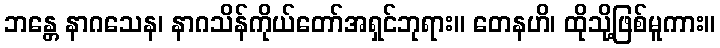
ဘန္တေ နာဂသေန၊ နာဂသိန်ကိုယ်တော်အရှင်ဘုရား။ တေနဟိ၊ ထိုသို့ဖြစ်မူကား။